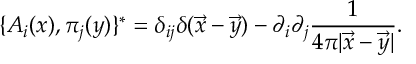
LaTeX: \{ A _ { i } ( x ) , \pi _ { j } ( y ) \} ^ { \ast } = \delta _ { i j } \delta ( { \vec { x } } - { \vec { y } } ) - \partial _ { i } \partial _ { j } { \frac { 1 } { 4 \pi | { \vec { x } } - { \vec { y } } | } } .